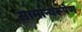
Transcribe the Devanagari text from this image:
सामान्यरूपेण